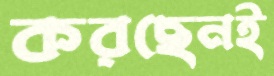
করছেনই